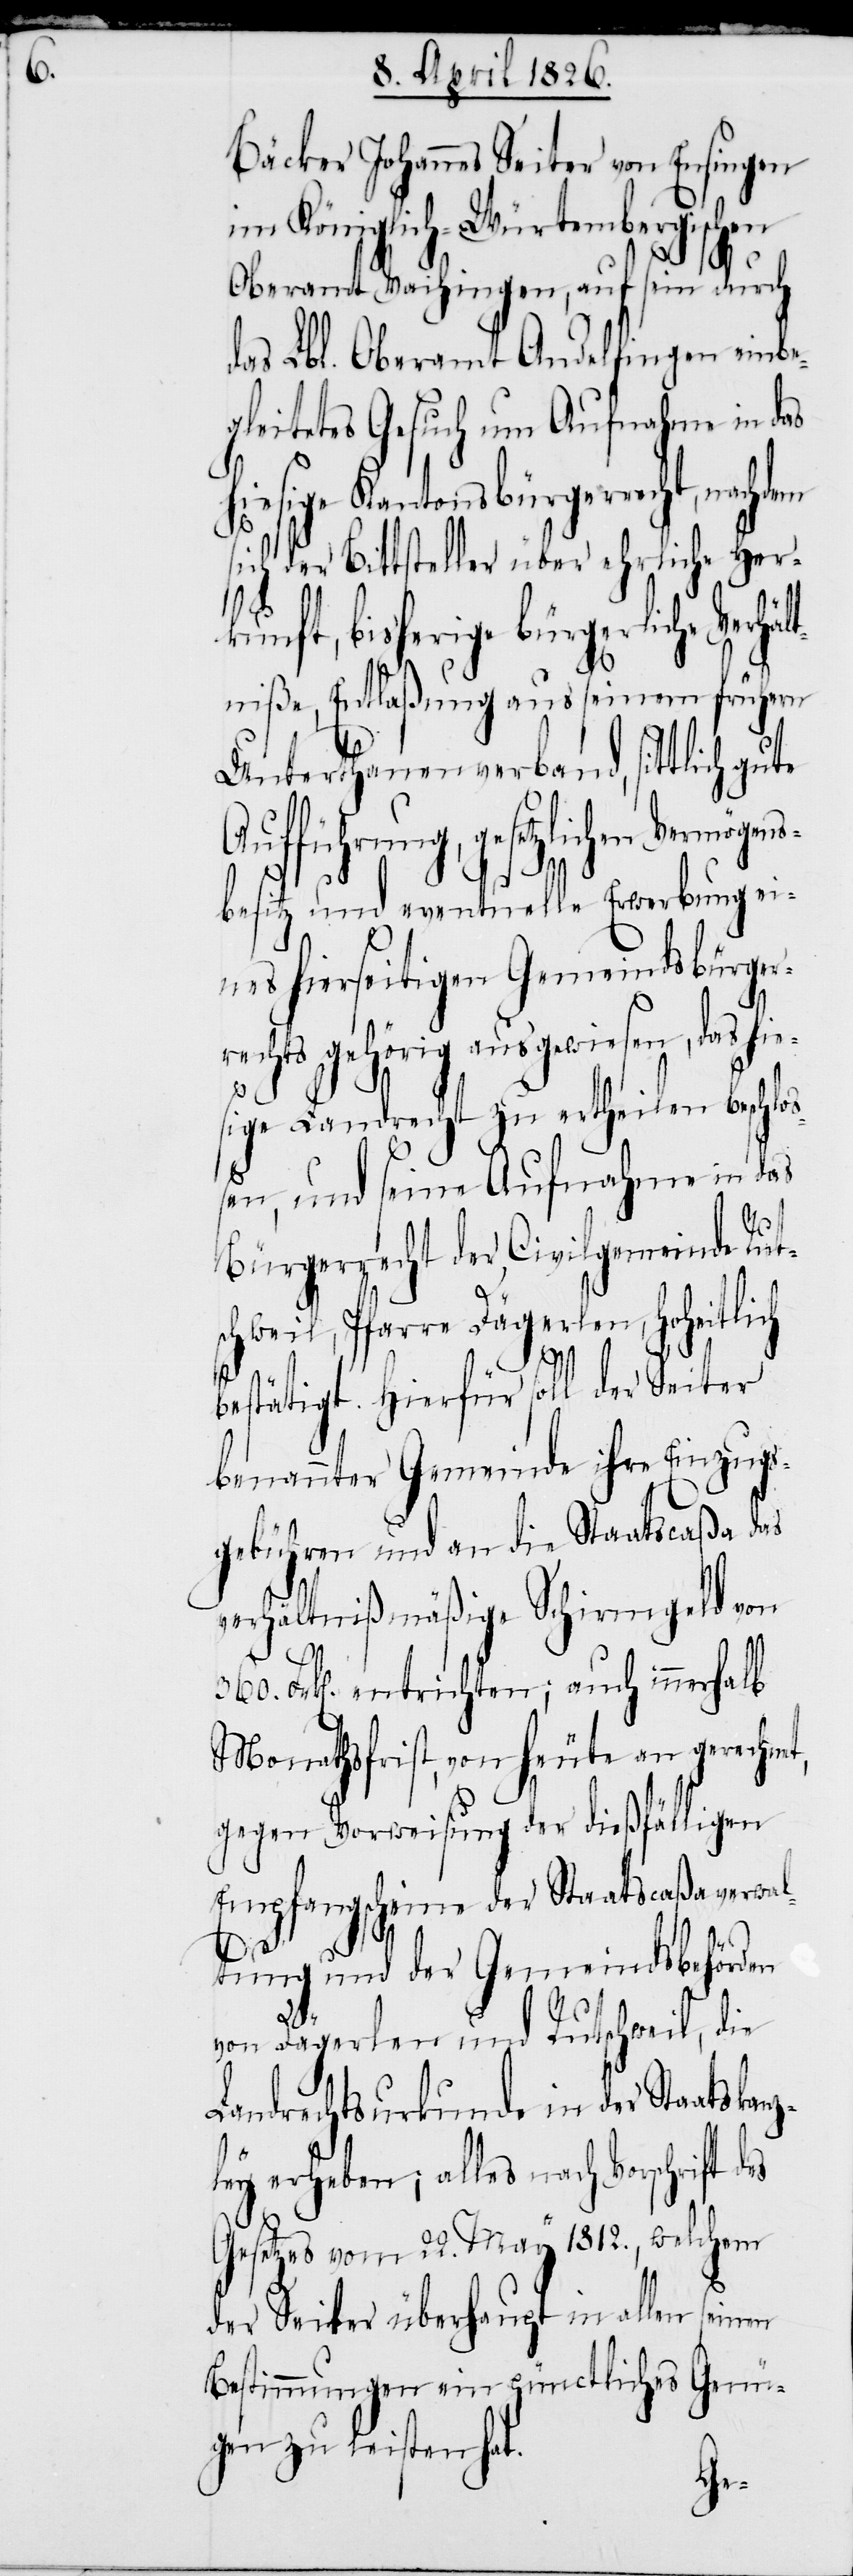
360.

Bäcker Johannes Seiter von Ensingen
im Königlich-Würtembergischen
Oberamt Vaihingen, auf sein durch
das Lbl. Oberamt Andelfingen einbe¬
gleitetes Gesuch um Aufnahme in das
hat.
ichen Vermögens¬
he Her¬
ch der Bittsteller über ehr¬
kunft, bisherige bürgerliche Verh¬
niße, Entlaßung aus seinem frühern
Unterthanenverband, sittlich gute
Aufführung, gesetzl¬
besitz und eventuelle Erwerbung ei¬
nes hierseitigen Gemeindsbürger¬
rechts gehörig ausgewiesen, das hie¬
sige Landrecht zu ertheilen beschl¬
ßen, und seine Aufnahme in das
Bürgerrecht der Civilgemeinde Rut¬
schweil, Pfarre Dägerlen,
es
bestätigt. Hierfür soll der Seiter
benannter Gemeinde ihre Einzugs¬
gebühren und an die Staatscaßa das
verhältnißmäßige Schirmgeld von
et,
Frk[en]. entrichten; auch innerhalb
Monathsfrist, von heute an gerechn¬
gegen Vorweisung der dießfälligen
Empfangscheine der Staatscaßaverwa¬
ltung und der Gemeindsbehörden
von Dägerlen und Rutschweil, die
Landrechtsurkunde in der Staatskan¬
ley erheben; alles nach Vorschrift d¬
Gesetzes vom 22. May 1812., welchem
der Seiter überhaupt in allen sein¬
Bestimmungen ein pünctliches Genü¬
gen zu
z¬
si¬